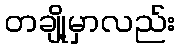
တချို့မှာလည်း